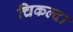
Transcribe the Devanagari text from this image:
चिकल्दा